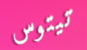
تيتوس